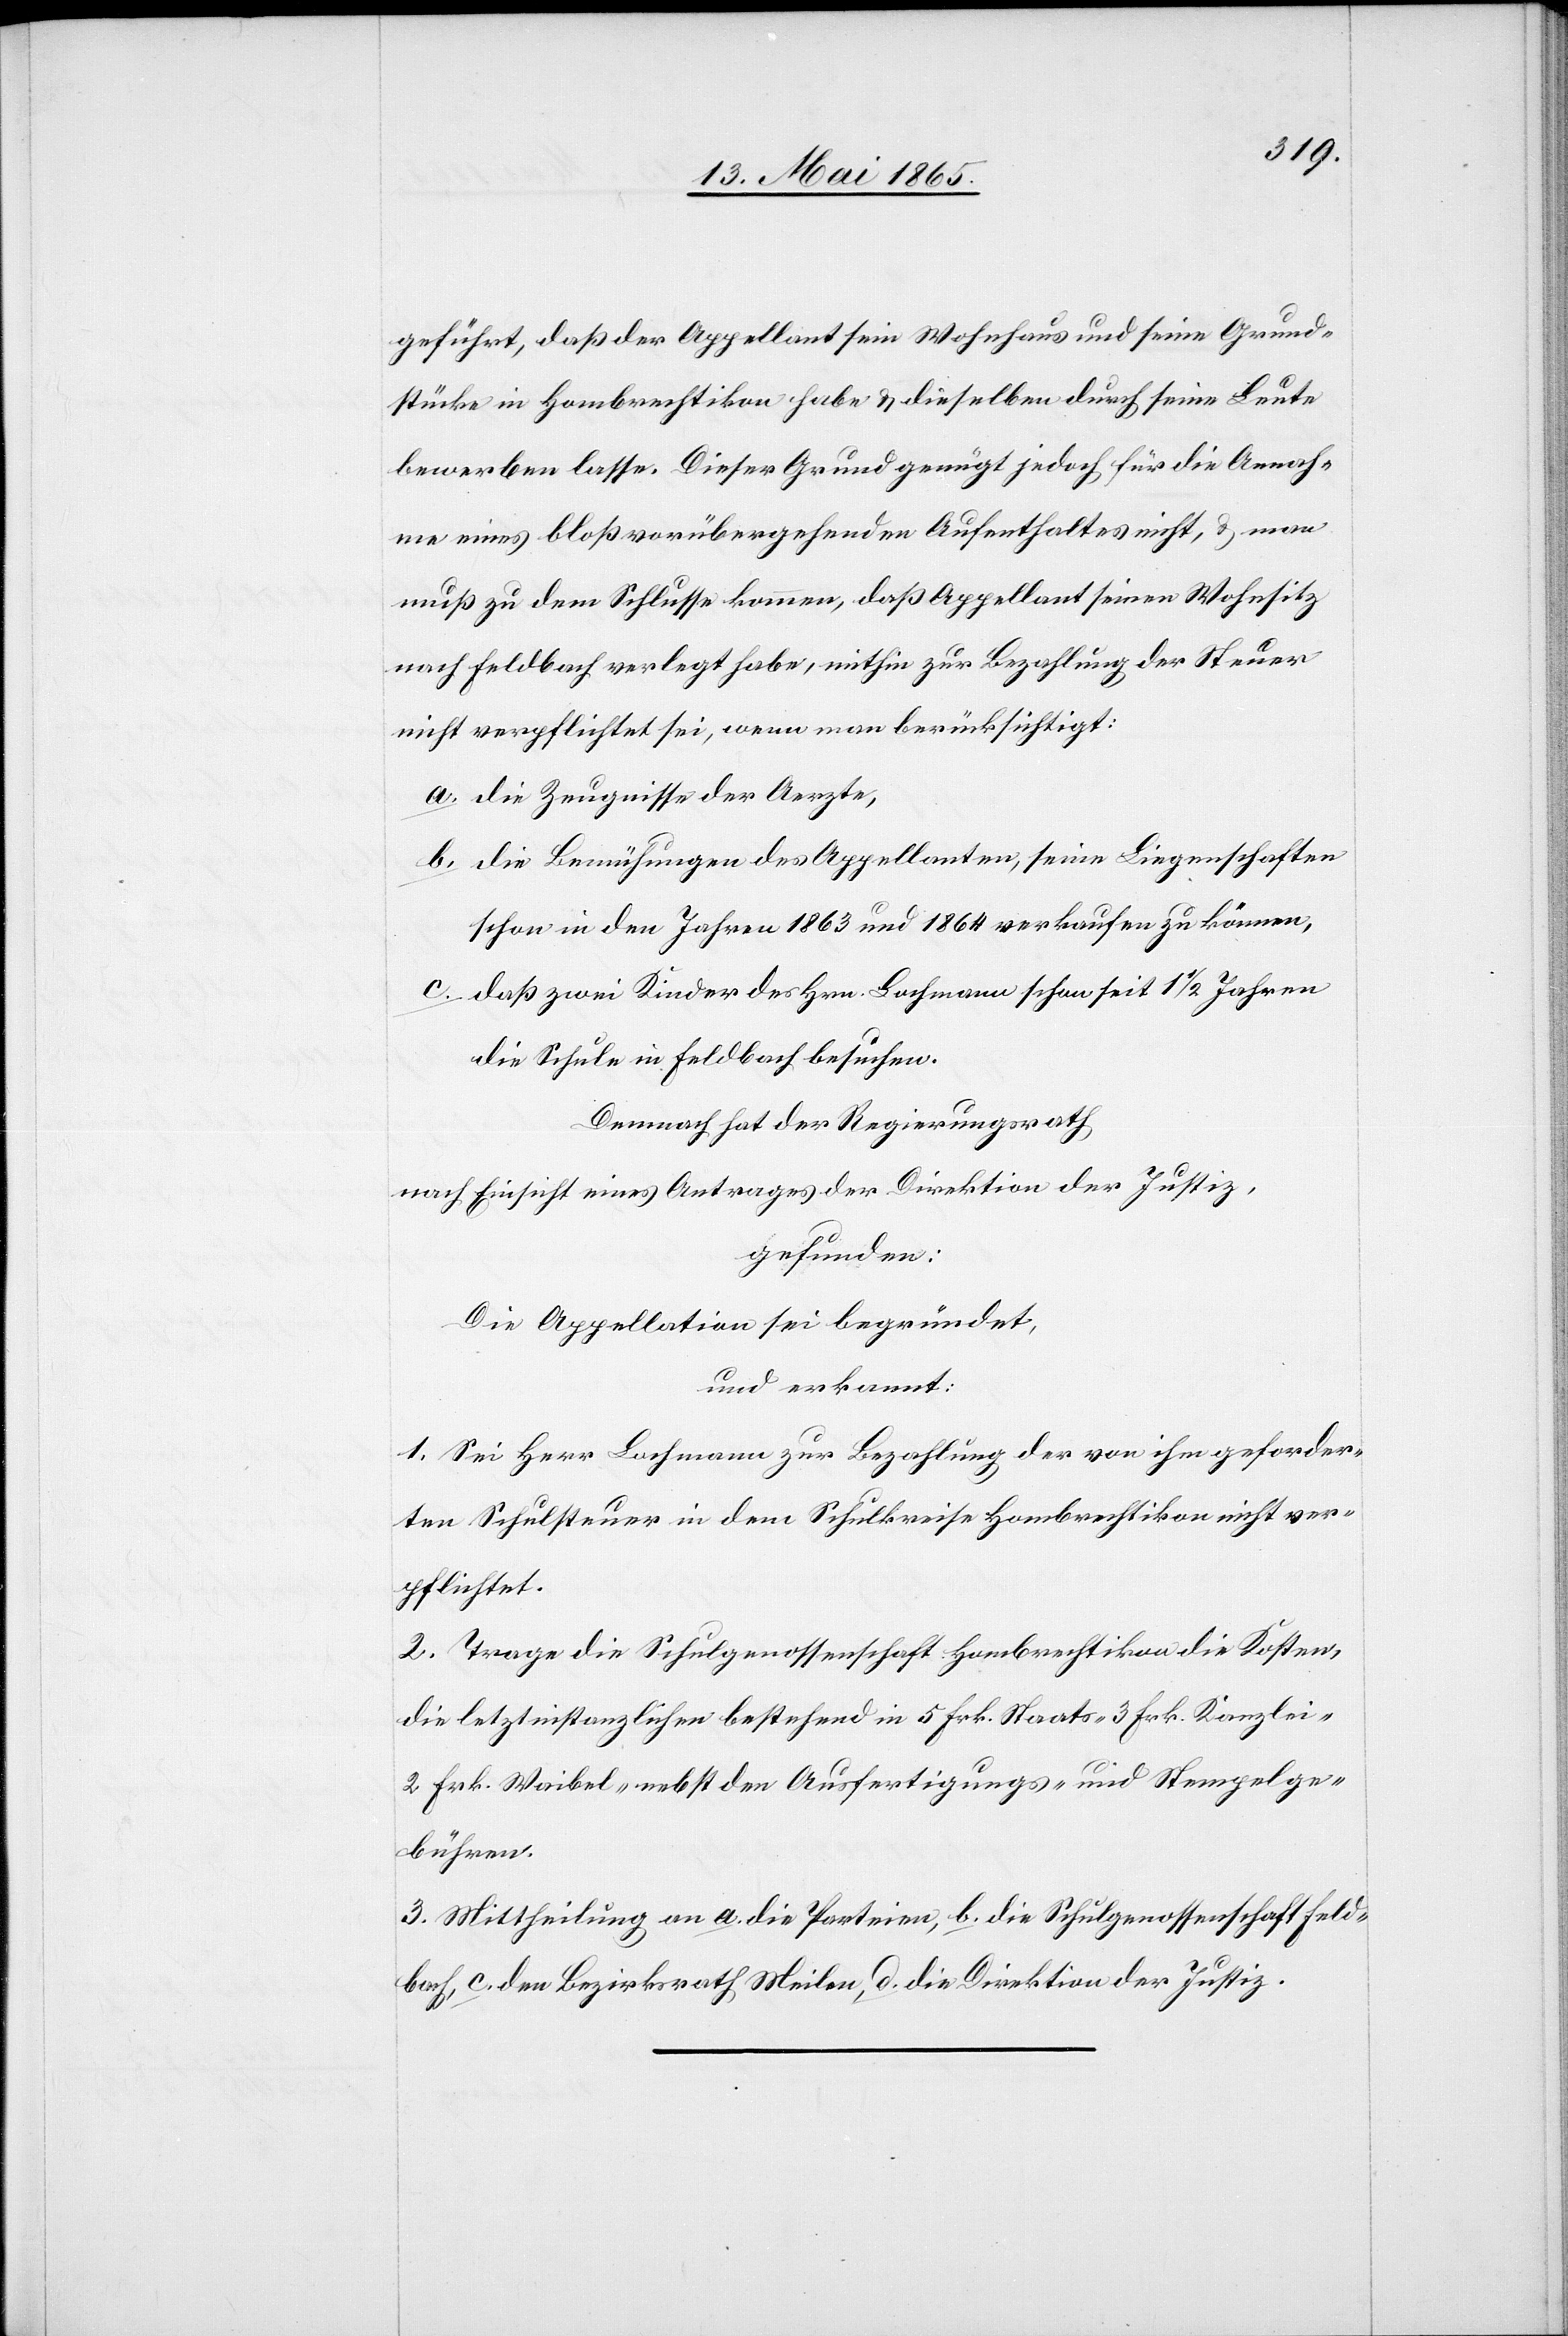
Grund¬
stücke in Hombrechtikon habe & dieselben durch seine Leute
bewerben lasse. Dieser Grund genügt jedoch für die Annah¬
me eines bloß vorübergehenden Aufenthaltes nicht, & man
muß zu dem Schlusse kommen, daß Appellant seinen Wohnsitz
nach Feldbach verlegt habe, mithin zur Bezahlung der Steuer
nicht verpflichtet sei, wenn man berücksichtigt:
a. die Zeugnisse der Aerzte,
b. die Bemühungen der Appellanten, seine Liegenschaften
schon in den Jahren 1863 und 1864 verkaufen zu können,
c. daß zwei Kinder des Hrn. Lochmann schon seit 1 1/2 Jahren
die Schule in Feldbach besuchen.
Demnach hat der Regierungsrath
nach Einsicht eines Antrages der Direktion der Justiz,
gefunden:
Die Appellation sei begründet,
und erkannt:
1. Sei Her Lochmann zur Bezahlung der von ihm geforder¬
ten Schulsteuer in dem Schulkreise Hombrechtikon nicht ver¬
pflichtet.
2. Trage die Schulgenossenschaft Hombrechtikon die Kosten,
die letztinstanzlichen bestehend in 5 Frk. Staats-[,] 3 Frk. Kanzlei-[,]
2 Frk. Waibel- nebst den Ausfertigungs- und Stempelge¬
bühren.
3. Mittheilung an a. die Parteien, b. die Schulgenossenschaft Feld¬
bach, c. den Bezirksrath Meilen, d. die Direktion der Justiz.